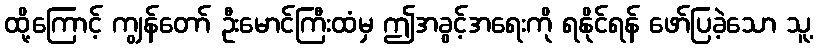
ထို့ကြောင့် ကျွန်တော် ဦးမောင်ကြီးထံမှ ဤအခွင့်အရေးကို ရနိုင်ရန် ဖော်ပြခဲ့သော သူ့